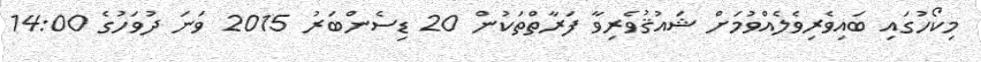
މިކޯހުގައި ބައިވެރިވެލެއްވުމަށް ޝައުޤުވެރިވާ ފަރާތްތަކުން 20 ޑިސެންބަރު 2015 ވަނަ ދުވަހުގެ 14:00